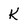
Character: K